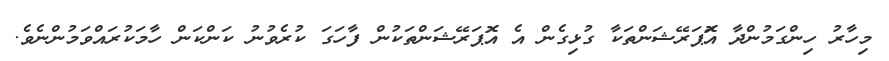
މިހާރު ހިންގަމުންދާ އޮަޕަރޭޝަންތަކާ ގުޅިގެން އެ އޮޕަރޭޝަންތަކުން ފާހަގަ ކުރެވުނު ކަންކަން ހާމަކުރައްވަމުންނެވެ.